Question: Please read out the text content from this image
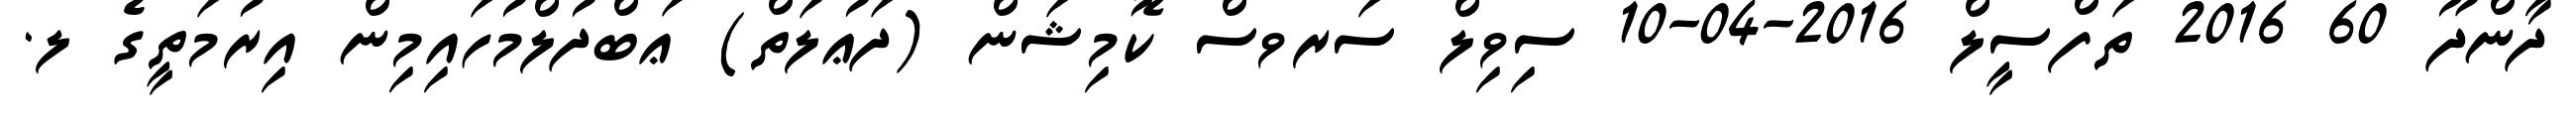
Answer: ދާންދޫ 60 2016 ތަފްސީލް 2016-04-10 ސިވިލް ސަރވސް ކޮމިޝަން (ދަޢުލަތް) ޢަބްދުލްމުހައިމިން އިރުމަތީގެ ލ.